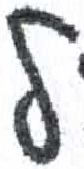
אות: ל